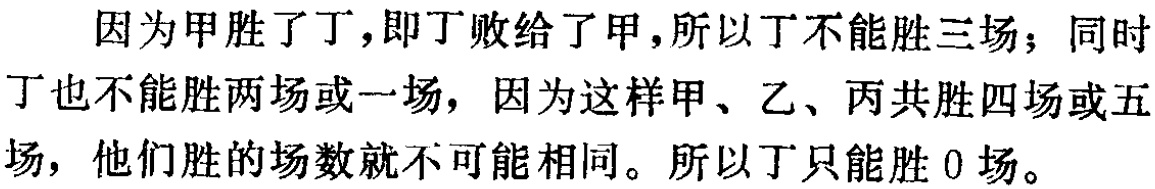
因为甲胜了丁，即丁败给了甲，所以丁不能胜三场；同时丁也不能胜两场或一场，因为这样甲、乙、丙共胜四场或五场，他们胜的场数就不可能相同。所以丁只能胜 0 场。